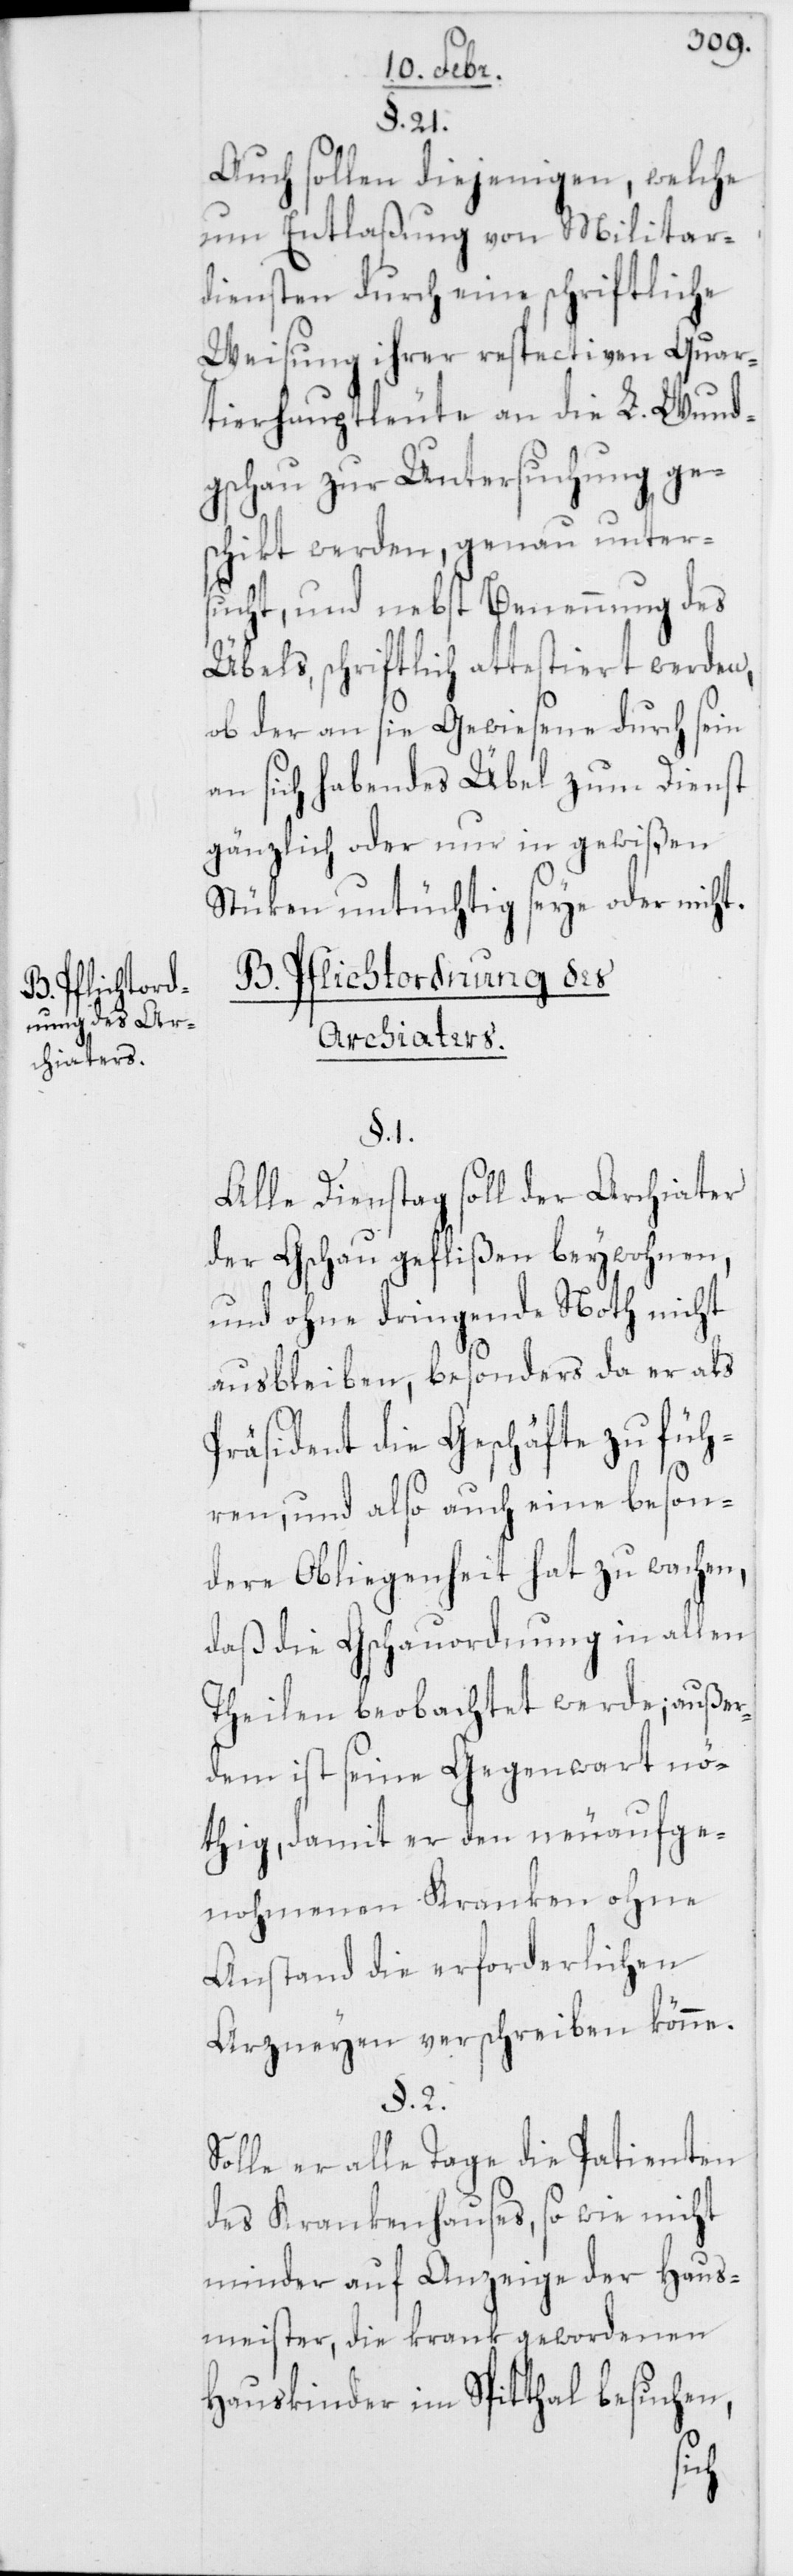
B. Pflichtord¬
nung des Ar¬
chiaters.

§. 21.
Auch sollen diejenigen, welche
um Entlaßung von Militar¬
diensten durch eine schriftliche
Weisung ihrer respectiven Quar¬
tierhauptleute an die L. Wund¬
gschau zur Untersuchung ge¬
schikt werden, genau unter¬
sucht, und nebst Benennung des
Übels, schriftlich attestiert werden,
ob der an sie Gewiesene durch sein
an sich habendes Übel zum Dienst
gänzlich oder nur in gewißen
Stüken untüchtig seye oder nicht.
§. 1.
Alle Dienstag soll der Archiater
der Gschau geflißen beywohnen,
und ohne dringende Noth nicht
ausbleiben, besonders da er als
Präsident die Geschäfte zu füh¬
ren, und also auch eine beson¬
dere Obliegenheit hat zu wachen,
daß die Gschauordnung in allen
Theilen beobachtet werde; außer¬
dem ist seine Gegenwart nö¬
thig, damit er den neuaufge¬
nohmenen Kranken ohne
Anstand die erforderlichen
Arzneyen verschreiben könne.
§. 2.
Solle er alle Tage die Patienten
des Krankenhauses, so wie nicht
minder auf Anzeige der Haus¬
meister, die krank gewordenen
Hauskinder im Spitthal besuchen,